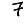
Digit: 7